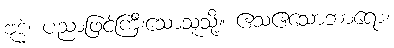
ဗုဒ္ဓံ၊ ပညာဖြင့်ကြီးသောသူသို့။ ဧသဧသောဘာရော၊